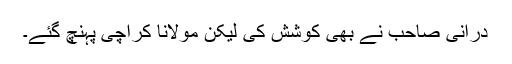
درانی صاحب نے بھی کوشش کی لیکن مولانا کراچی پہنچ گئے۔